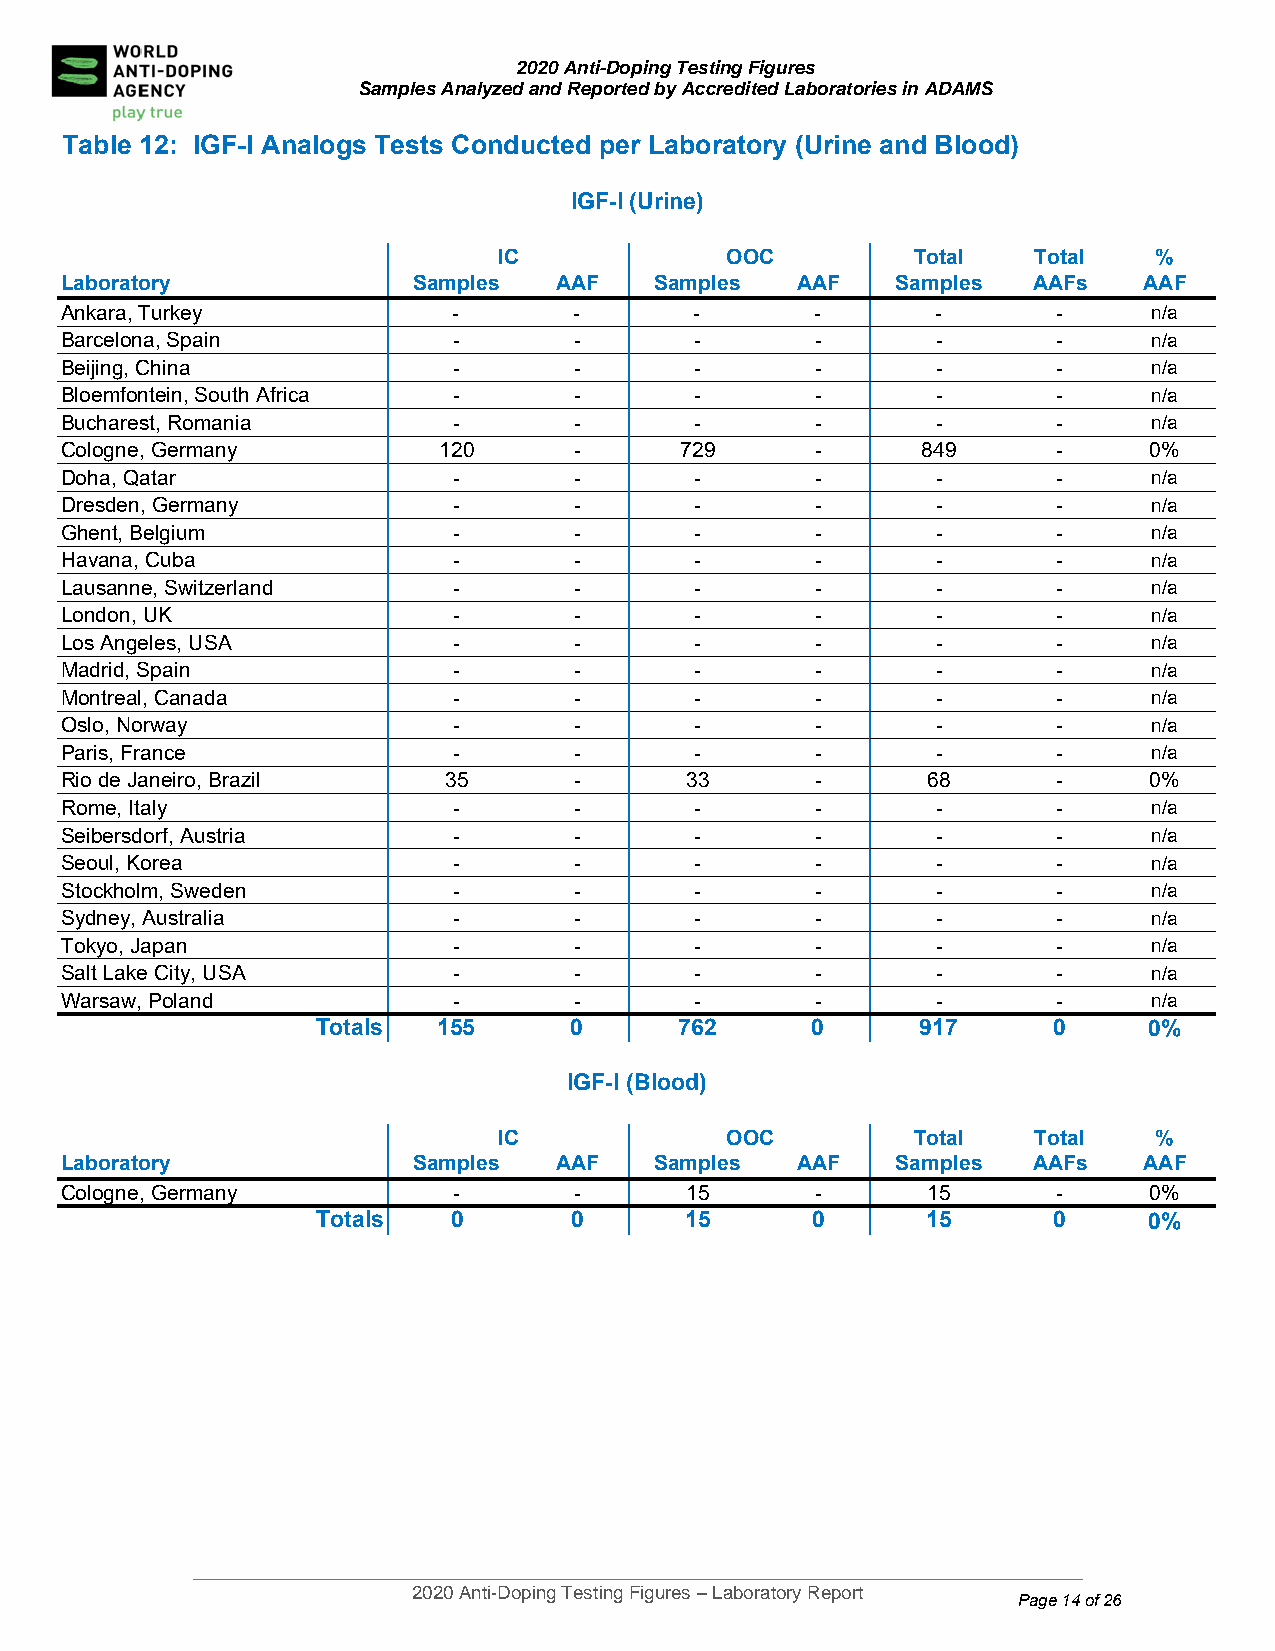
2020 Anti-Doping Testing Figures
 Samples Analyzed and Reported by Accredited Laboratories in ADAMS
 Table 12: IGF-I Analogs Tests Conducted per Laboratory (Urine and Blood)
 IGF-I (Urine)
 IC             OOC          Total   Total  %
 Laboratory             Samples   AAF   Samples   AAF   Samples  AAFs    AAF
 Ankara, Turke y           -       -       -       -       -       -     n/a
 Barcelona, Sp ain         -       -       -       -       -       -     n/a
 Beijing, China            -       -       -       -       -       -     n/a
 Bloemfontein, South Africa -      -       -       -       -       -     n/a
 Bucharest, Ro mania       -       -       -       -       -       -     n/a
 Cologne, Germ any        120      -      729      -      849      -     0%
 Doha, Qatar               -       -       -       -       -       -     n/a
 Dresden, Germ any         -       -       -       -       -       -     n/a
 Ghent, Belgiu m           -       -       -       -       -       -     n/a
 Havana, Cuba              -       -       -       -       -       -     n/a
 Lausanne, Sw itzerland    -       -       -       -       -       -     n/a
 London, UK                -       -       -       -       -       -     n/a
 Los Angeles, USA          -       -       -       -       -       -     n/a
 Madrid, Spain             -       -       -       -       -       -     n/a
 Montreal, Canada          -       -       -       -       -       -     n/a
 Oslo, Norway              -       -       -       -       -       -     n/a
 Paris, France             -       -       -       -       -       -     n/a
 Rio de Janeiro, Brazil   35       -      33       -      68       -     0%
 Rome, Italy               -       -       -       -       -       -     n/a
 Seibersdorf, Austria      -       -       -       -       -       -     n/a
 Seoul, Korea              -       -       -       -       -       -     n/a
 Stockholm, Sweden         -       -       -       -       -       -     n/a
 Sydney, Australia         -       -       -       -       -       -     n/a
 Tokyo, Japan              -       -       -       -       -       -     n/a
 Salt Lake City, USA       -       -       -       -       -       -     n/a
 Warsaw, Poland            -       -       -       -       -       -     n/a
 Totals  155      0      762      0      917      0     0%
 IGF-I (Blood)
 IC             OOC          Total   Total  %
 Laboratory             Samples   AAF   Samples   AAF   Samples  AAFs    AAF
 Cologne, Germany          -       -      15       -      15       -     0%
 Totals   0       0      15       0      15       0     0%
 ____________________________________________________________________________________
 2020 Anti-Doping Testing Figures – Laboratory Report
 Page 14 of 26